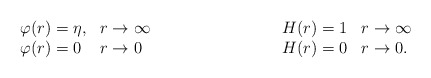
\begin{align*}\begin{array}{ll} \varphi(r) = \eta , & r \rightarrow\infty \\ \varphi(r) =0 & r \rightarrow 0 \end{array} \hspace{3 true cm}\begin{array}{ll} H(r) = 1 & r \rightarrow \infty \\ H(r) =0 & r\rightarrow 0. \end{array} \end{align*}